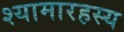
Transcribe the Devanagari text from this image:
श्यामारहस्य